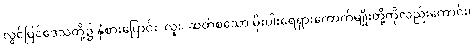
လွင်ပြင်ဒေသတို့၌ နှံစားပြောင်း၊ လူး၊ ဆတ်စသော မိုးပါးရေရှားကောက်မျိုးတို့ကိုလည်းကောင်း၊